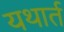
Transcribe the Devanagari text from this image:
यथार्त